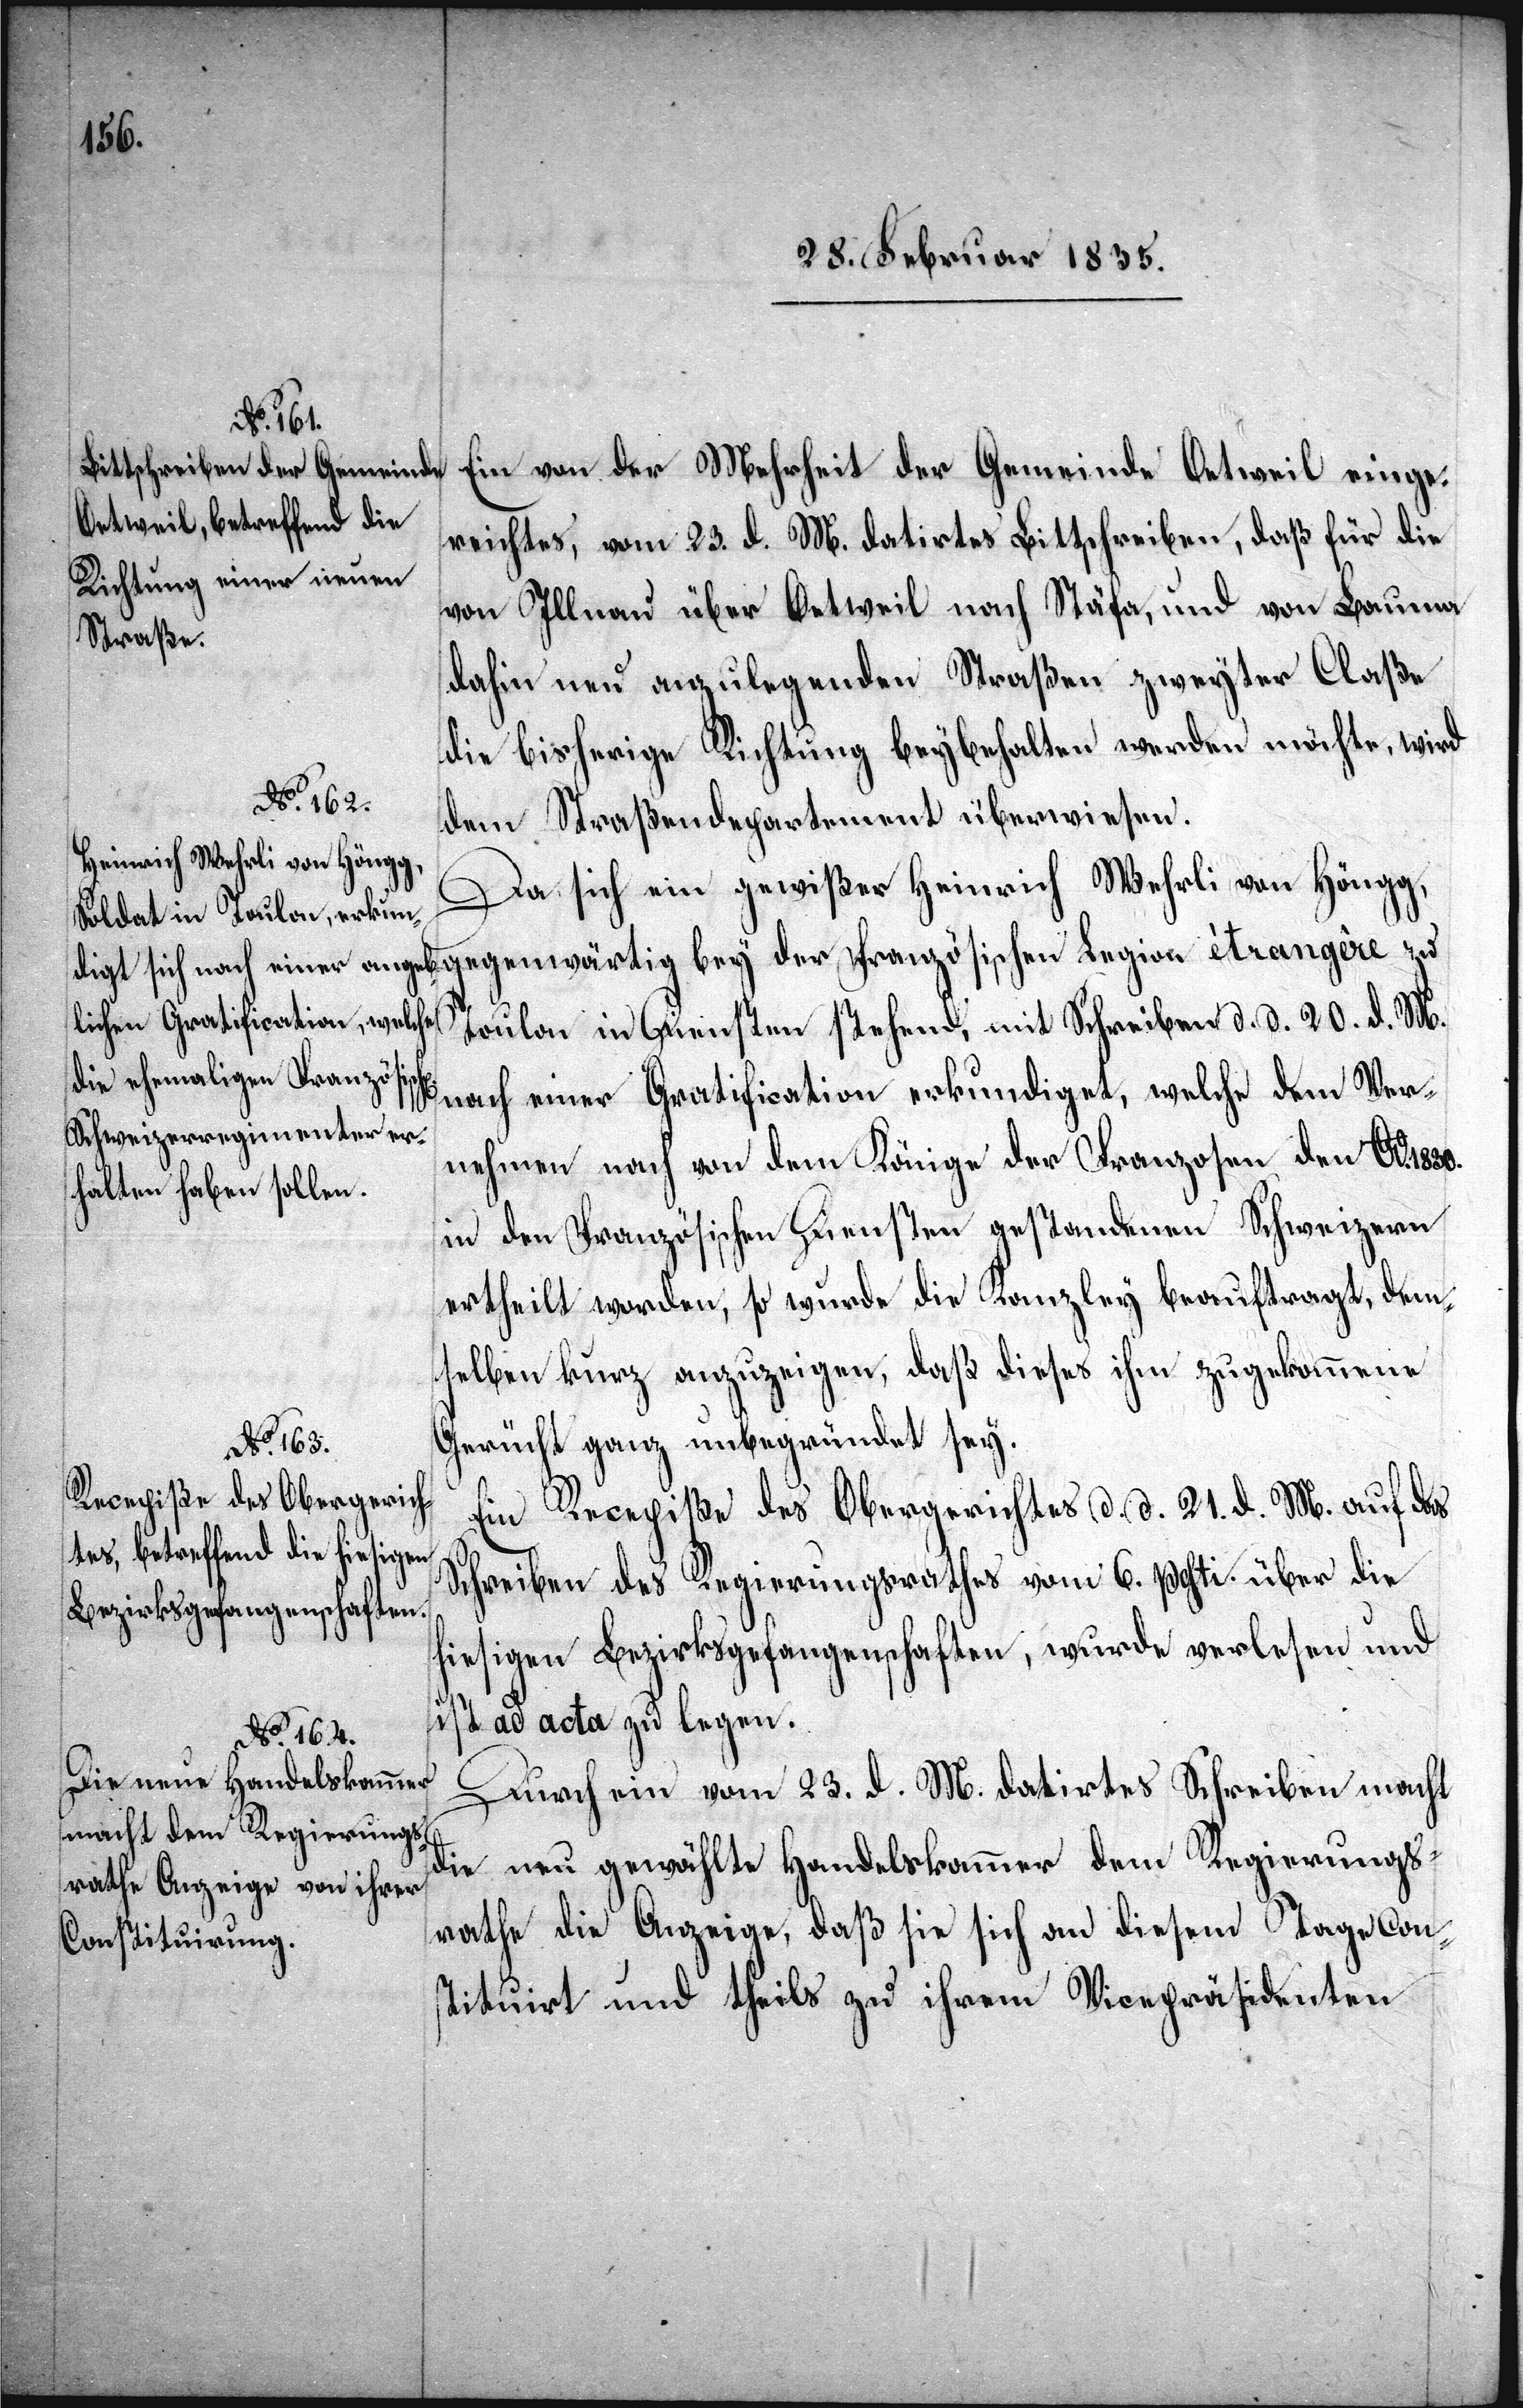
d. d.
Ein von der Mehrheit der Gemeinde Oetweil einge¬
reichtes, vom 23. d. M. datirtes Bittschreiben, daß für die
von Illnau über Oetweil nach Stäfa, und von Bauma
dahin neu anzulegenden Straßen zweyter Claße
die bisherige Richtung beybehalten werden möchte, wird
dem Straßendepartement überwiesen.
Da sich ein gewißer Heinrich Wehrli von Höngg,
gegenwärtig bey der Französischen Legion étrangère zu
nach einer Gratification erkundiget, welche dem Ver¬
nehmen nach von dem Könige der Franzosen den Ao.
in den Französischen Diensten gestandenen Schweizern
ertheilt worden, so wurde die Kanzley beauftragt, dem¬
selben kurz anzuzeigen, daß dieses ihm zugekommene
Gerücht ganz unbegründet sey.
1830.
Ein Recepiße des Obergerichtes d. d. 21. d. M. auf das
Schreiben des Regierungsrathes vom 6. psti. über die
sigen Bezirksgefangenschaften, wurde verlesen und
hie¬
ist ad acta zu legen.
20. d. M.
Durch ein vom 23. d. M. datirtes Schreiben macht
die neu gewählte Handelskammer dem Regierungs¬
rathe die Anzeige, daß sie sich an diesem Tage con¬
stituirt und theils zu ihrem Vicepräsidenten